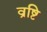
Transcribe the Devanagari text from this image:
व्रष्टि